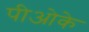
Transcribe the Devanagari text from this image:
पीओके